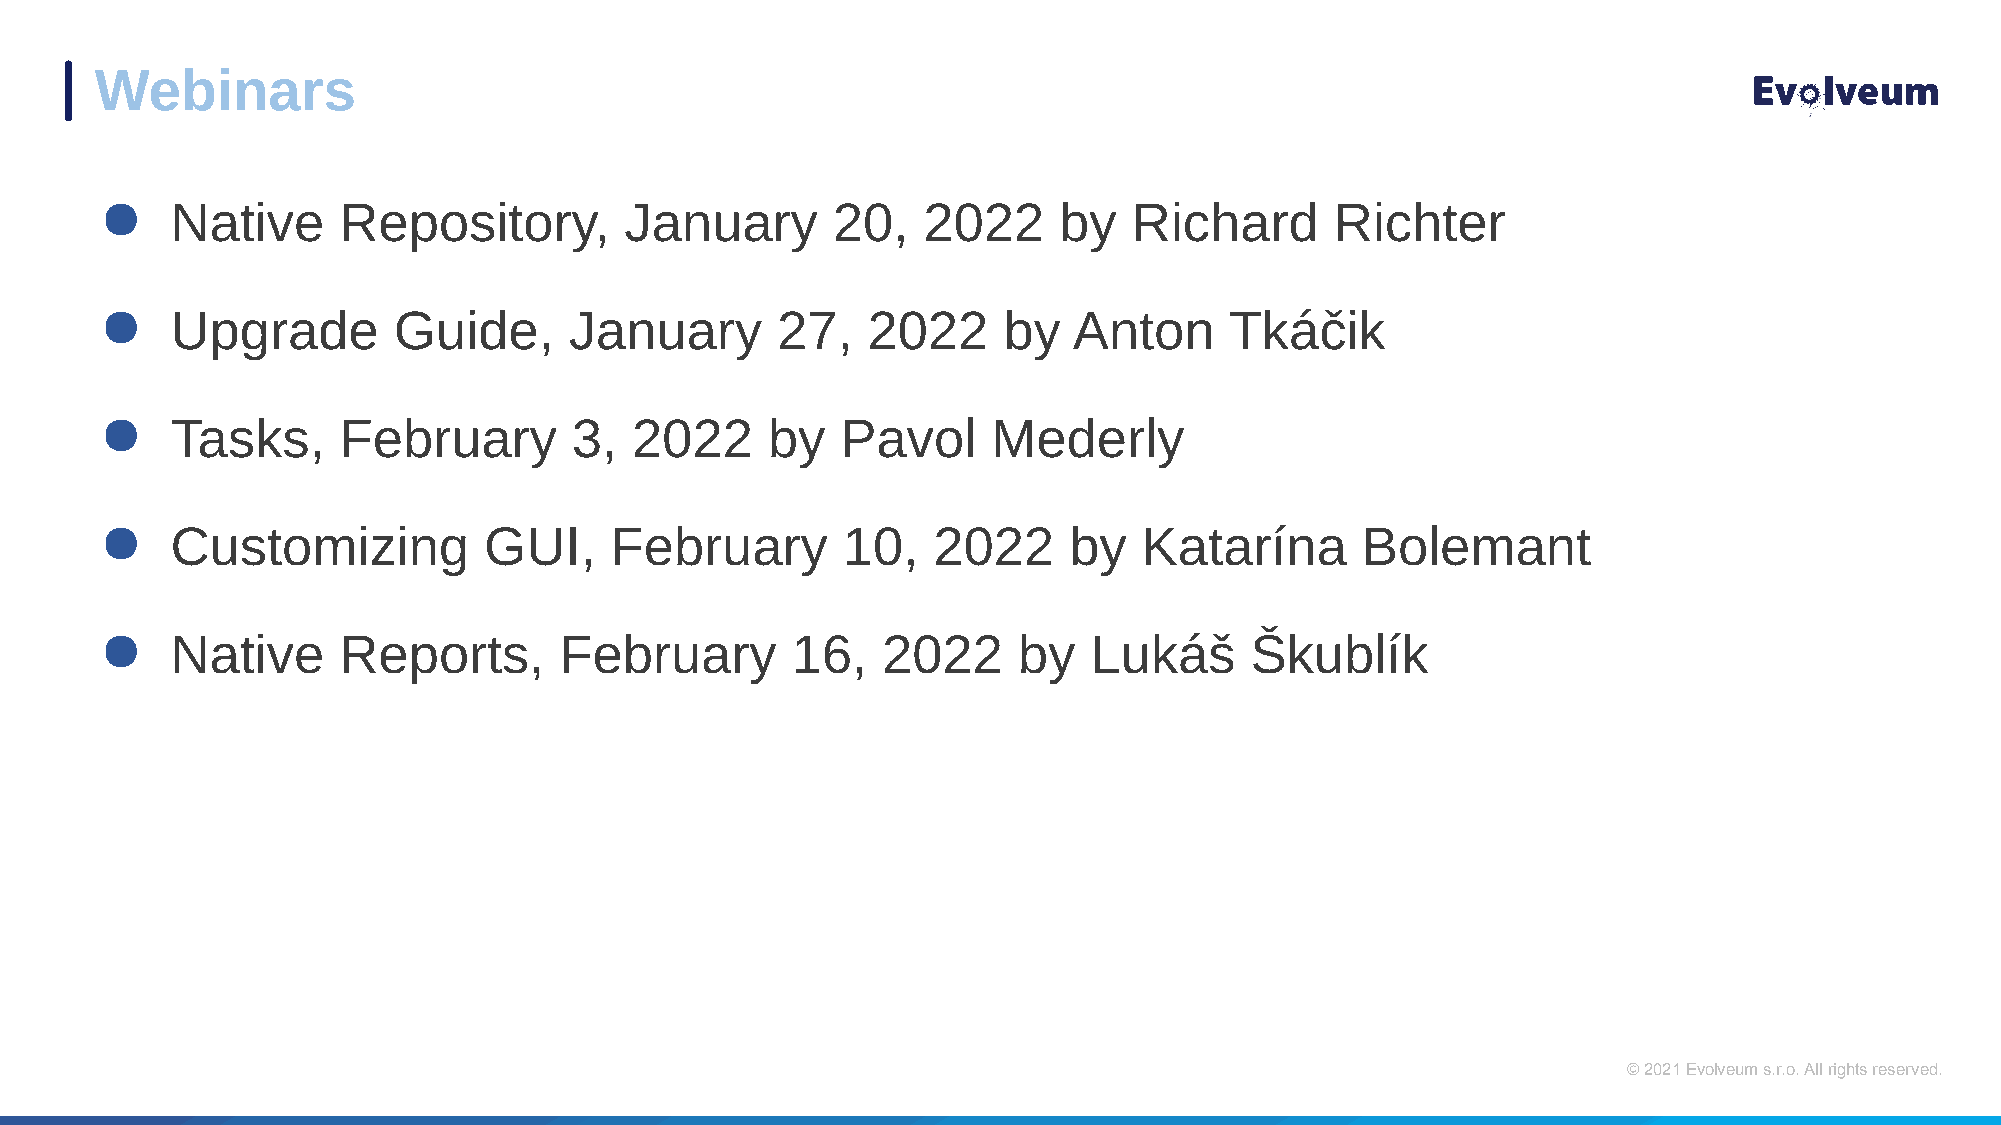
Webinars
 ●   Native     Repository,        January       20,   2022     by   Richard      Richter
 ●   Upgrade        Guide,      January      27,   2022     by   Anton     Tkáčik
 ●   Tasks,     February        3,  2022     by   Pavol     Mederly
 ●   Customizing          GUI,    February        10,   2022     by   Katarína      Bolemant
 ●   Native     Reports,       February       16,   2022     by   Lukáš      Škublík
 © 2021 Evolveum s.r.o. All rights reserved.